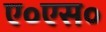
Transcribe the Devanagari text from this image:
ए०एस०